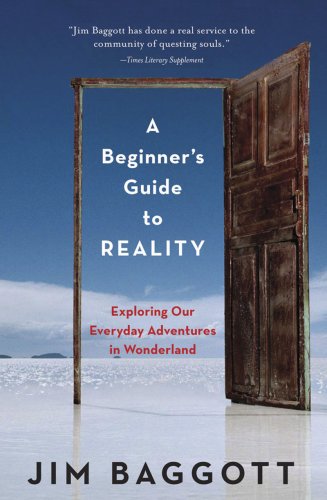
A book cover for A Beginner's Guide to Reality: Exploring Our Everyday Adventures in Wonderland; Jim Baggott; Politics & Social Sciences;